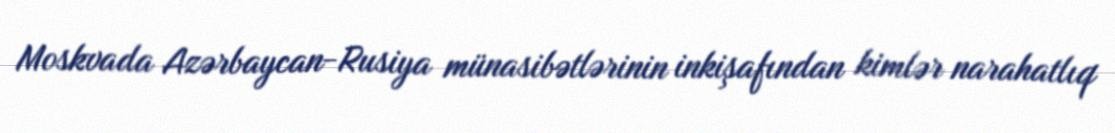
Moskvada Azərbaycan-Rusiya münasibətlərinin inkişafından kimlər narahatlıq